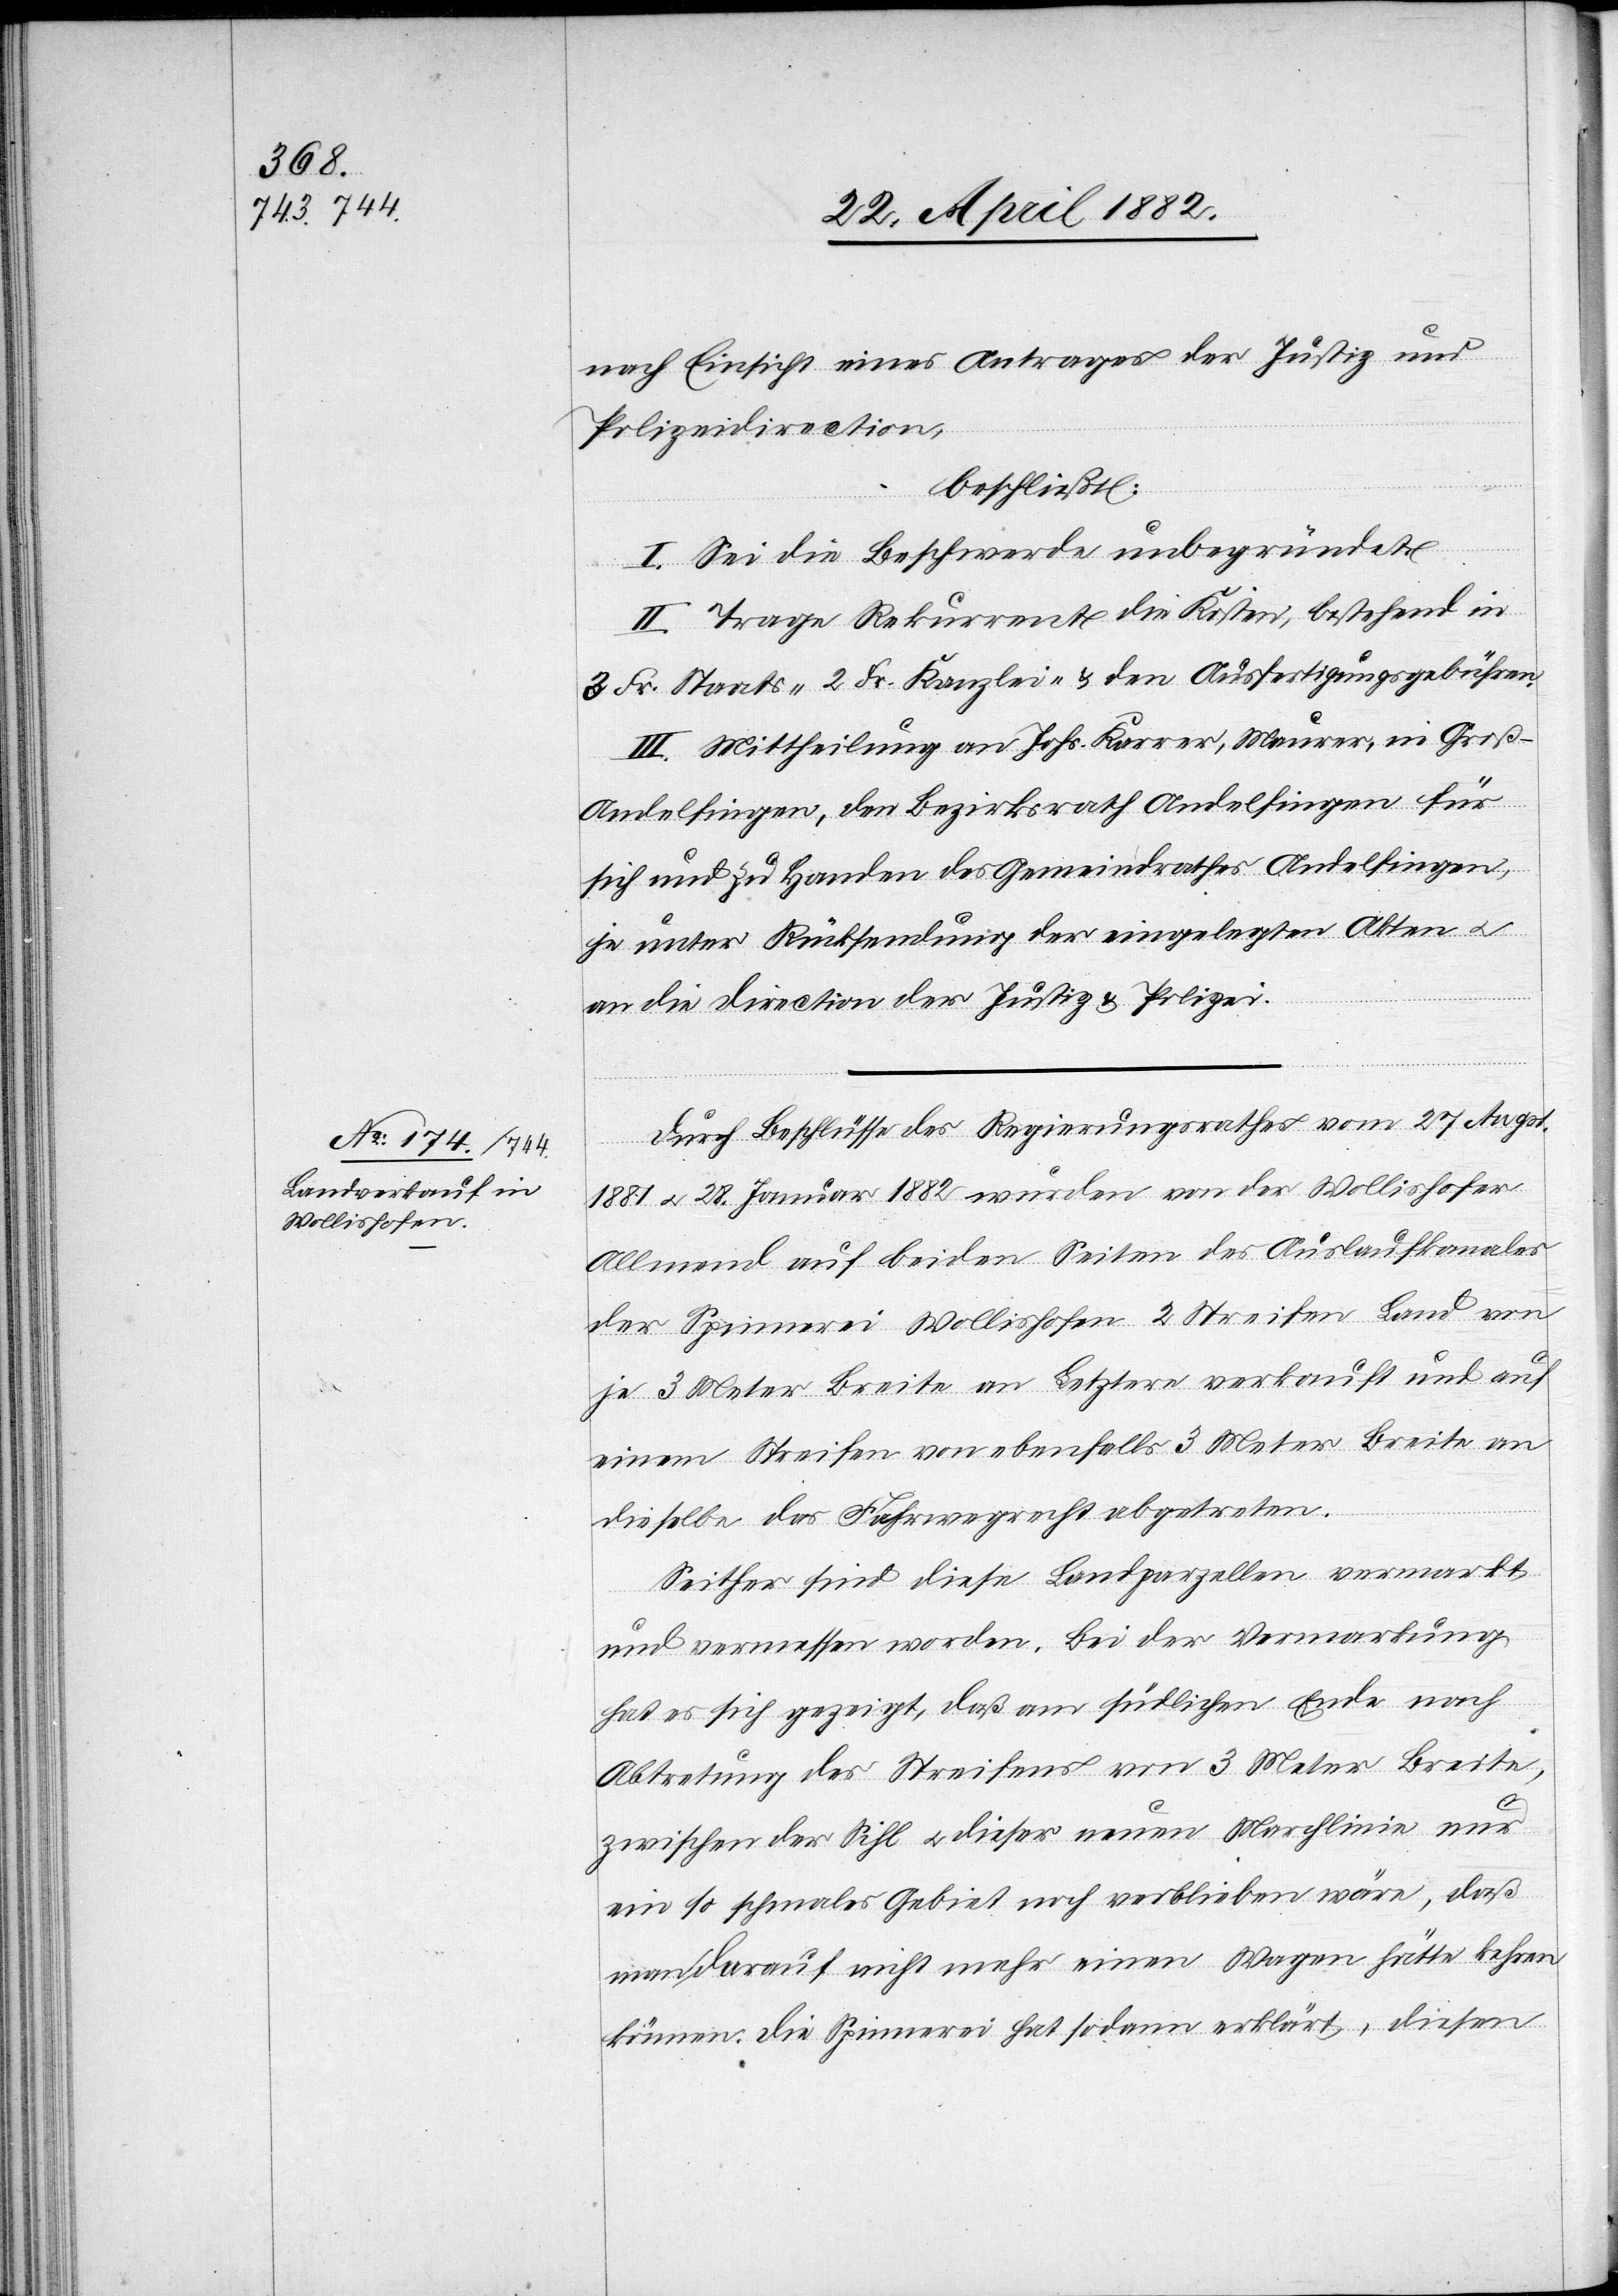
nach Einsicht eines Antrages der Justiz[-] und
Polizeidirection,
beschließt:
I. Sei die Beschwerde unbegründet.
II. Trage Rekurrent die Kosten, bestehend in
3 Fr. Staats-[,] 2 Fr. Kanzlei & den Ausfertigungsgebühren.
III. Mittheilung an Johs. Karrer, Maurer, in Groß-A¬
ndelfingen, den Bezirksrath Andelfingen für
sich und zu Handen des Gemeindrathes Andelfingen,
je unter Rücksendung der eingelegten Akten u.
an die Direction der Justiz & Polizei.
Durch Beschlüsse des Regierungsrathes vom 27. Augst.
1881 u. 28. Januar 1882 wurde von der Wollishofer
Allmend auf beiden Seiten des Auslaufkanales
der Spinnerei Wollishofen 2 Streifen Land von
je 3 Meter Breite an Letztere verkauft und auf
einem Streifen von ebenfalls 3 Meter Breite an
dieselbe das Fahrwegsrecht abgetreten.
Seither sind diese Landparzellen vermarkt
und vermessen worden. Bei der Vermarkung
hat es sich gezeigt, daß am südlichen Ende nach
Abtretung des Streifens von 3 Meter Breite,
zwischen der Sihl u. dieser neuen Marchlinie nur
ein so schmales gebiet noch [sic!] verblieben wäre, daß
man darauf nicht mehr einen Wagen hätte kehren
können. Die Spinnerei hat sodann erklärt, diesen